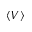
\langle V \rangle